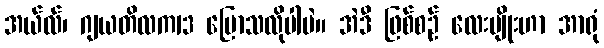
အယ်လ်၊ ဂျယတိလက13 ပြောသလိုပါပဲ။ အဲဒီ ဖြစ်စဉ် လေးမျိုးဟာ အာရုံ